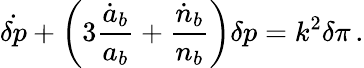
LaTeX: \dot{\delta p}+\left(3{\frac{\dot{a}_{b}}{a_{b}}}+{\frac{\dot{n}_{b}}{n_{b}}}\right)\delta p=k^{2}\delta\pi\, .